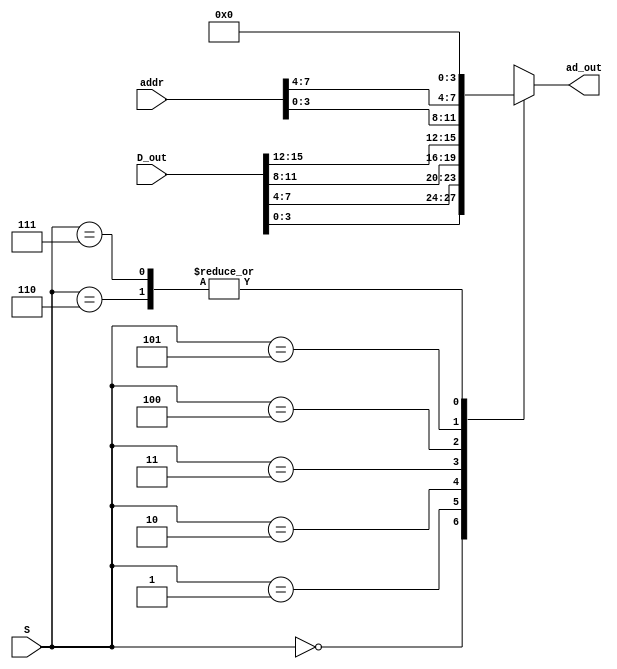
`timescale 1ns / 1ps
/****************************************************
* File name: ad_mux
* Project: Lab 4
* Designer: Vinh Vu & Zachery Takkesh
* Rev. Date: Feb. 23, 2017
*
* Purpose: This mux will select what D_out will be based
* on the select signal which comes from the pixel controller
* to display a value from hex 0 to F. The S is controlled
* by what anode is active at the time.
*
* Notes: 
*****************************************************/
module ad_mux(addr, S, D_out, ad_out);

	// Select chooses which input will be assign to the output
	input [2:0] S;
	
	// Address input holds 2 sets of 4 bits, one set high & one low
	input [7:0] addr;
	
	// The 16-bit input has 4 bits for every data from the RAM
	input [15:0] D_out;
	
	// The output carries the addr based on the value of S
	output reg [3:0] ad_out;
	
	// Always block is executed based on any changes from S, D_out
	// and/or addr. The case statement is solely based on the value
	// of S. 
	always @(S, D_out, addr) begin
	
		case (S)
		
			//anode[0], lowest nibble of data out of the RAM
			3'b000: ad_out = D_out [3:0];
			
			//anode[1], the next nibble of data out of RAM
			3'b001: ad_out = D_out [7:4];
			
			//anode[2], the next nibggle of data out of RAM
			3'b010: ad_out = D_out [11:8];
			
			//anode[3], the highest nibble of data out of RAM
			3'b011: ad_out = D_out [15:12];
			
			//anode[4], holds the lowest nibble of the address location
			3'b100: ad_out = addr  [3:0];
			
			//anode[5], holds the highest nibble of the address location
			3'b101: ad_out = addr[7:4];
			
			//anode[6] and anode[7], set to be hex 0
			3'b110: ad_out = 4'h0;
			3'b111: ad_out = 4'h0;
			
			//default case for hex to be 0 
			default: ad_out = 4'h0;
		endcase
	end
		
endmodule